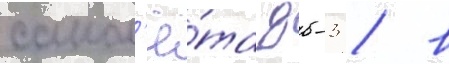
самол'ё́та дб-3 / в